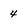
Character: 4